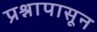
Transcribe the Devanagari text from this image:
प्रश्नापासून